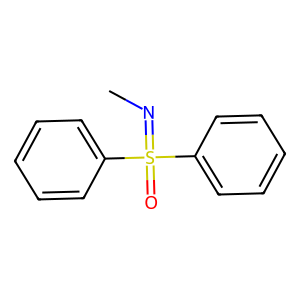
SMILES: CN=S(=O)(c1ccccc1)c1ccccc1
Inhibits HIV replication: Yes